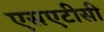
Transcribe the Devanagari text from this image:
एसएटीसी